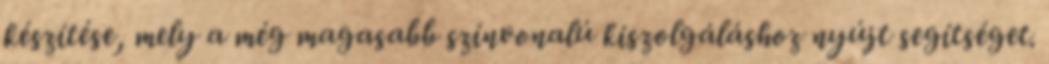
készítése, mely a még magasabb színvonalú kiszolgáláshoz nyújt segítséget.